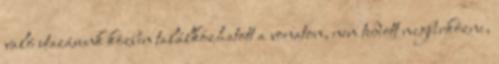
való utazásunk közben találkozhatott a vonaton, nem tudott megbirkózni,